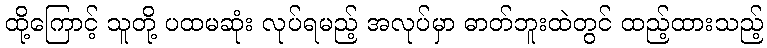
ထို့ကြောင့် သူတို့ ပထမဆုံး လုပ်ရမည့် အလုပ်မှာ ဓာတ်ဘူးထဲတွင် ထည့်ထားသည့်